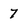
Character: 7